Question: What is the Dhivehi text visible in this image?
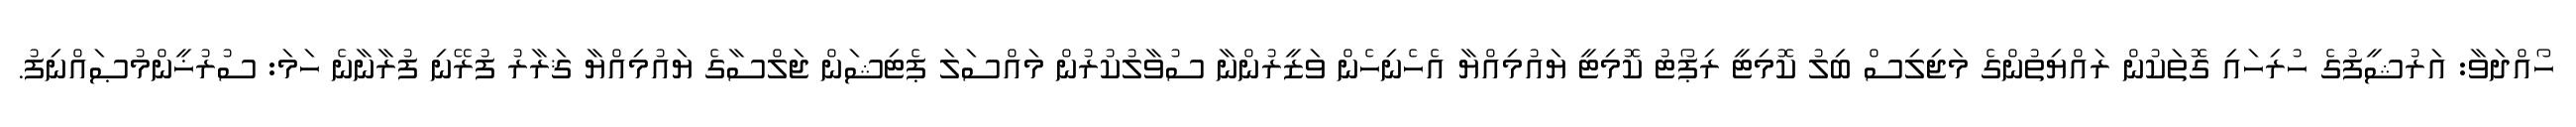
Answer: ހޯއްދަވާ: އަރުޝީފުގެ ހުރިހައި ގޮތަކުން ރައްޔިތުންގެ މަޖިލިސް ބިލު ކޮމިޓީ ރިޕޯޓު ކޮމިޓީ ޔައުމިއްޔާ އެހެނިހެން ވަޒީރުންނާ ސުވާލުކުރުން މައްސަލަ ޕެޓިޝަން ޖަލްސާގެ ޔައުމިއްޔާ ޤަރާރު ފުރޭނި ފުރާނާނެ ހަމަ: ސުރުޚީންމުޞައްނިފު.